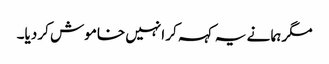
مگر ہما نے یہ کہہ کر انہیں خاموش کر دیا۔